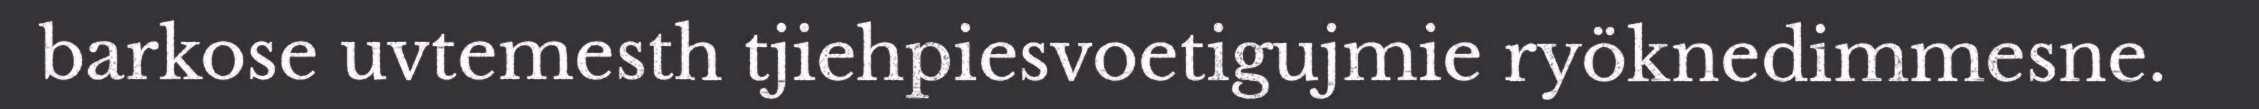
barkose uvtemesth tjiehpiesvoetigujmie ryöknedimmesne.